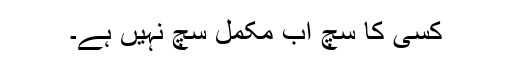
کسی کا سچ اب مکمل سچ نہیں ہے۔